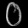
Digit: ၀